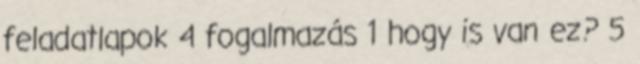
feladatlapok 4 fogalmazás 1 hogy is van ez? 5